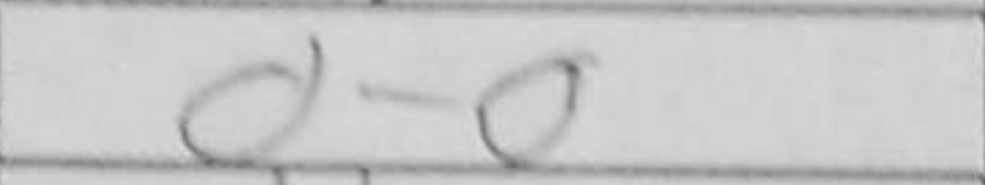
Transcription: O-O